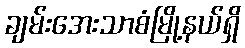
ချမ်းအေးသာစံမြို့နယ်ရှိ